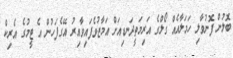
ބޮލުން ފޮނުވާލި ހަމަލާއެއް ގޯލްގެ އަރިމަތީދަނޑިއަށް އަމާޒުވެފައިވާއިރު އޭގެފަހުން އެ ޓީމުގެ އެރިކް